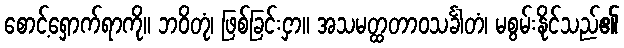
စောင့်ရှောက်ရာကို။ ဘဝိတုံ၊ ဖြစ်ခြင်းငှာ။ အသမတ္ထတာဝသင်္ခါတံ၊ မစွမ်းနိုင်သည်၏